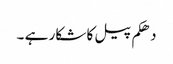
دھکم پیل کا شکار ہے ۔